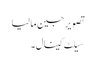
تصویر جین مالیا
سیلٹ کینال۔